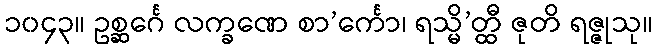
၁၀၄၃။ ဥစ္ဆင်္ဂေ လက္ခဏေ စာ’င်္ကော၊ ရသ္မိ’တ္ထီ ဇုတိ ရဇ္ဇုသု။